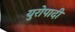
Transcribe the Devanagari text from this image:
युरोपादी